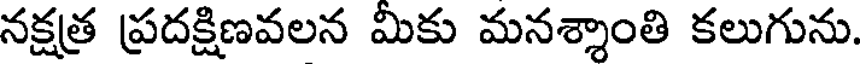
నక్షత్ర ప్రదక్షిణవలన మికు మనశ్శాంతి కలుగును.